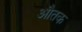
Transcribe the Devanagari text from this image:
औतक